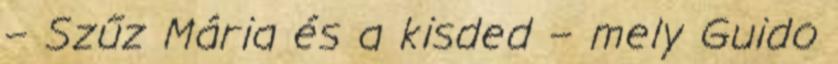
– Szűz Mária és a kisded – mely Guido